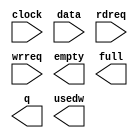
// megafunction wizard: %FIFO%VBB%
// GENERATION: STANDARD
// VERSION: WM1.0
// MODULE: scfifo 

// ============================================================
// Megafunction Name(s):
// 			scfifo
//
// Simulation Library Files(s):
// 			altera_mf
// ============================================================
// ************************************************************
// THIS IS A WIZARD-GENERATED FILE. DO NOT EDIT THIS FILE!
//
// 20.1.0 Build 711 06/05/2020 SJ Lite Edition
// ************************************************************

//Copyright (C) 2020  Intel Corporation. All rights reserved.
//Your use of Intel Corporation's design tools, logic functions 
//and other software and tools, and any partner logic 
//functions, and any output files from any of the foregoing 
//(including device programming or simulation files), and any 
//associated documentation or information are expressly subject 
//to the terms and conditions of the Intel Program License 
//Subscription Agreement, the Intel Quartus Prime License Agreement,
//the Intel FPGA IP License Agreement, or other applicable license
//agreement, including, without limitation, that your use is for
//the sole purpose of programming logic devices manufactured by
//Intel and sold by Intel or its authorized distributors.  Please
//refer to the applicable agreement for further details, at
//https://fpgasoftware.intel.com/eula.

module uart_fifo (
	clock,
	data,
	rdreq,
	wrreq,
	empty,
	full,
	q,
	usedw);

	input	  clock;
	input	[7:0]  data;
	input	  rdreq;
	input	  wrreq;
	output	  empty;
	output	  full;
	output	[7:0]  q;
	output	[14:0]  usedw;

endmodule

// ============================================================
// CNX file retrieval info
// ============================================================
// Retrieval info: PRIVATE: AlmostEmpty NUMERIC "0"
// Retrieval info: PRIVATE: AlmostEmptyThr NUMERIC "-1"
// Retrieval info: PRIVATE: AlmostFull NUMERIC "0"
// Retrieval info: PRIVATE: AlmostFullThr NUMERIC "-1"
// Retrieval info: PRIVATE: CLOCKS_ARE_SYNCHRONIZED NUMERIC "1"
// Retrieval info: PRIVATE: Clock NUMERIC "0"
// Retrieval info: PRIVATE: Depth NUMERIC "32768"
// Retrieval info: PRIVATE: Empty NUMERIC "1"
// Retrieval info: PRIVATE: Full NUMERIC "1"
// Retrieval info: PRIVATE: INTENDED_DEVICE_FAMILY STRING "Cyclone 10 LP"
// Retrieval info: PRIVATE: LE_BasedFIFO NUMERIC "0"
// Retrieval info: PRIVATE: LegacyRREQ NUMERIC "1"
// Retrieval info: PRIVATE: MAX_DEPTH_BY_9 NUMERIC "0"
// Retrieval info: PRIVATE: OVERFLOW_CHECKING NUMERIC "0"
// Retrieval info: PRIVATE: Optimize NUMERIC "1"
// Retrieval info: PRIVATE: RAM_BLOCK_TYPE NUMERIC "0"
// Retrieval info: PRIVATE: SYNTH_WRAPPER_GEN_POSTFIX STRING "0"
// Retrieval info: PRIVATE: UNDERFLOW_CHECKING NUMERIC "0"
// Retrieval info: PRIVATE: UsedW NUMERIC "1"
// Retrieval info: PRIVATE: Width NUMERIC "8"
// Retrieval info: PRIVATE: dc_aclr NUMERIC "0"
// Retrieval info: PRIVATE: diff_widths NUMERIC "0"
// Retrieval info: PRIVATE: msb_usedw NUMERIC "0"
// Retrieval info: PRIVATE: output_width NUMERIC "8"
// Retrieval info: PRIVATE: rsEmpty NUMERIC "1"
// Retrieval info: PRIVATE: rsFull NUMERIC "0"
// Retrieval info: PRIVATE: rsUsedW NUMERIC "0"
// Retrieval info: PRIVATE: sc_aclr NUMERIC "0"
// Retrieval info: PRIVATE: sc_sclr NUMERIC "0"
// Retrieval info: PRIVATE: wsEmpty NUMERIC "0"
// Retrieval info: PRIVATE: wsFull NUMERIC "1"
// Retrieval info: PRIVATE: wsUsedW NUMERIC "1"
// Retrieval info: LIBRARY: altera_mf altera_mf.altera_mf_components.all
// Retrieval info: CONSTANT: ADD_RAM_OUTPUT_REGISTER STRING "ON"
// Retrieval info: CONSTANT: INTENDED_DEVICE_FAMILY STRING "Cyclone 10 LP"
// Retrieval info: CONSTANT: LPM_NUMWORDS NUMERIC "32768"
// Retrieval info: CONSTANT: LPM_SHOWAHEAD STRING "OFF"
// Retrieval info: CONSTANT: LPM_TYPE STRING "scfifo"
// Retrieval info: CONSTANT: LPM_WIDTH NUMERIC "8"
// Retrieval info: CONSTANT: LPM_WIDTHU NUMERIC "15"
// Retrieval info: CONSTANT: OVERFLOW_CHECKING STRING "ON"
// Retrieval info: CONSTANT: UNDERFLOW_CHECKING STRING "ON"
// Retrieval info: CONSTANT: USE_EAB STRING "ON"
// Retrieval info: USED_PORT: clock 0 0 0 0 INPUT NODEFVAL "clock"
// Retrieval info: USED_PORT: data 0 0 8 0 INPUT NODEFVAL "data[7..0]"
// Retrieval info: USED_PORT: empty 0 0 0 0 OUTPUT NODEFVAL "empty"
// Retrieval info: USED_PORT: full 0 0 0 0 OUTPUT NODEFVAL "full"
// Retrieval info: USED_PORT: q 0 0 8 0 OUTPUT NODEFVAL "q[7..0]"
// Retrieval info: USED_PORT: rdreq 0 0 0 0 INPUT NODEFVAL "rdreq"
// Retrieval info: USED_PORT: usedw 0 0 15 0 OUTPUT NODEFVAL "usedw[14..0]"
// Retrieval info: USED_PORT: wrreq 0 0 0 0 INPUT NODEFVAL "wrreq"
// Retrieval info: CONNECT: @clock 0 0 0 0 clock 0 0 0 0
// Retrieval info: CONNECT: @data 0 0 8 0 data 0 0 8 0
// Retrieval info: CONNECT: @rdreq 0 0 0 0 rdreq 0 0 0 0
// Retrieval info: CONNECT: @wrreq 0 0 0 0 wrreq 0 0 0 0
// Retrieval info: CONNECT: empty 0 0 0 0 @empty 0 0 0 0
// Retrieval info: CONNECT: full 0 0 0 0 @full 0 0 0 0
// Retrieval info: CONNECT: q 0 0 8 0 @q 0 0 8 0
// Retrieval info: CONNECT: usedw 0 0 15 0 @usedw 0 0 15 0
// Retrieval info: GEN_FILE: TYPE_NORMAL uart_fifo.v TRUE
// Retrieval info: GEN_FILE: TYPE_NORMAL uart_fifo.inc FALSE
// Retrieval info: GEN_FILE: TYPE_NORMAL uart_fifo.cmp FALSE
// Retrieval info: GEN_FILE: TYPE_NORMAL uart_fifo.bsf TRUE
// Retrieval info: GEN_FILE: TYPE_NORMAL uart_fifo_inst.v FALSE
// Retrieval info: GEN_FILE: TYPE_NORMAL uart_fifo_bb.v TRUE
// Retrieval info: LIB_FILE: altera_mf